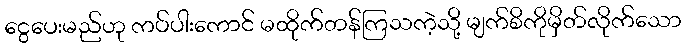
ငွေပေးမည်ဟု ကပ်ပါးကောင် မထိုက်တန်ကြသကဲ့သို့ မျက်စိကိုမှိတ်လိုက်သော